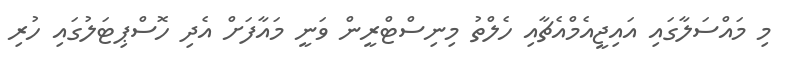
މި މައްސަލާގައި އައިޖީއެމްއެޗާއި ހެލްތު މިނިސްޓްރީން ވަނީ މައާފަށް އެދި ހޮސްޕިޓަލުގައި ހުރި